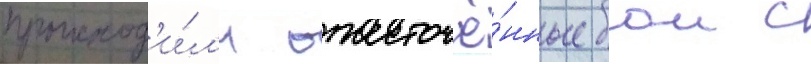
происход'и́л'и ожесточё́нные бои с